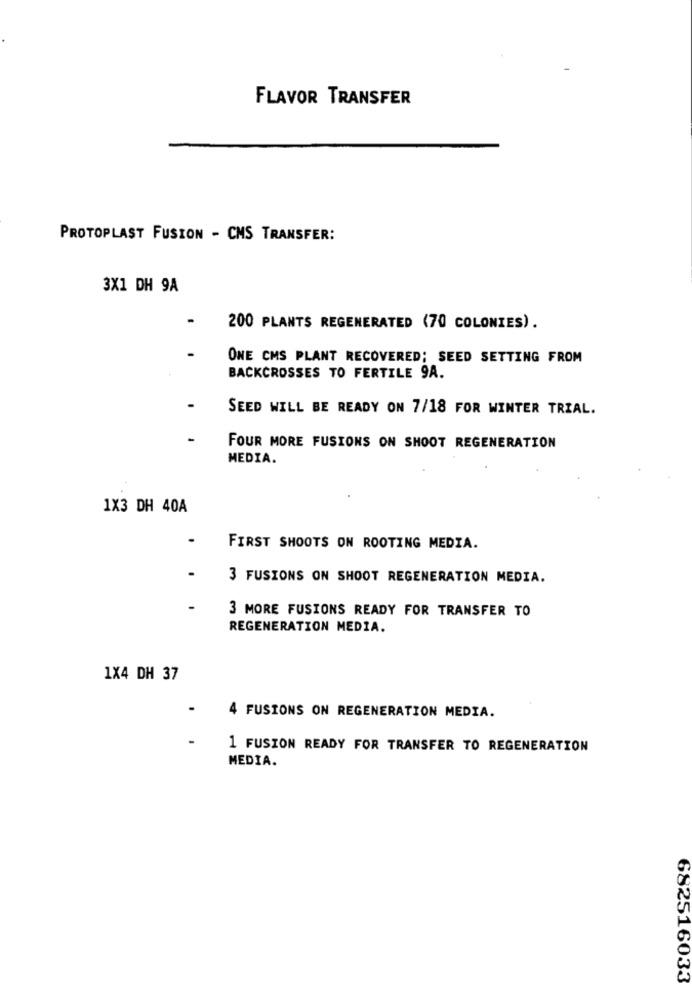
FLAVOR TRANSFER
PROTOPLAST FUSION - CMS TRANSFER:
3X1 DH 9A
200 PLANTS REGENERATED (70 COLONIES).
ONE CMS PLANT RECOVERED; SEED SETTING FROM
BACKCROSSES TO FERTILE 9A.
SEED WILL BE READY ON 7/18 FOR WINTER TRIAL.
FOUR MORE FUSIONS ON SHOOT REGENERATION
MEDIA.
1X3 DH 40A
FIRST SHOOTS ON ROOTING MEDIA.
3 FUSIONS ON SHOOT REGENERATION MEDIA.
3 MORE FUSIONS READY FOR TRANSFER TO
REGENERATION MEDIA.
1X4 DH 37
4 FUSIONS ON REGENERATION MEDIA.
1 FUSION READY FOR TRANSFER TO REGENERATION
MEDIA.
682516033